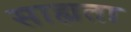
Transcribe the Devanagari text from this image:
साह्यता